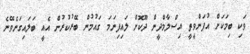
ވަކި ބިމަކަށް އުފަންވީތީ އިސްލާމްދީން ދޫކޮށް ލައިފިނަމަ ގައުމުން ބޭރުކުރުން އެއީ ބަލައިގަނެވޭނެ